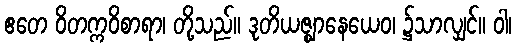
ဧတေ ဝိတက္ကဝိစာရာ၊ တို့သည်။ ဒုတိယဇ္ဈာနေယေဝ၊ ၌သာလျှင်။ ဝါ၊